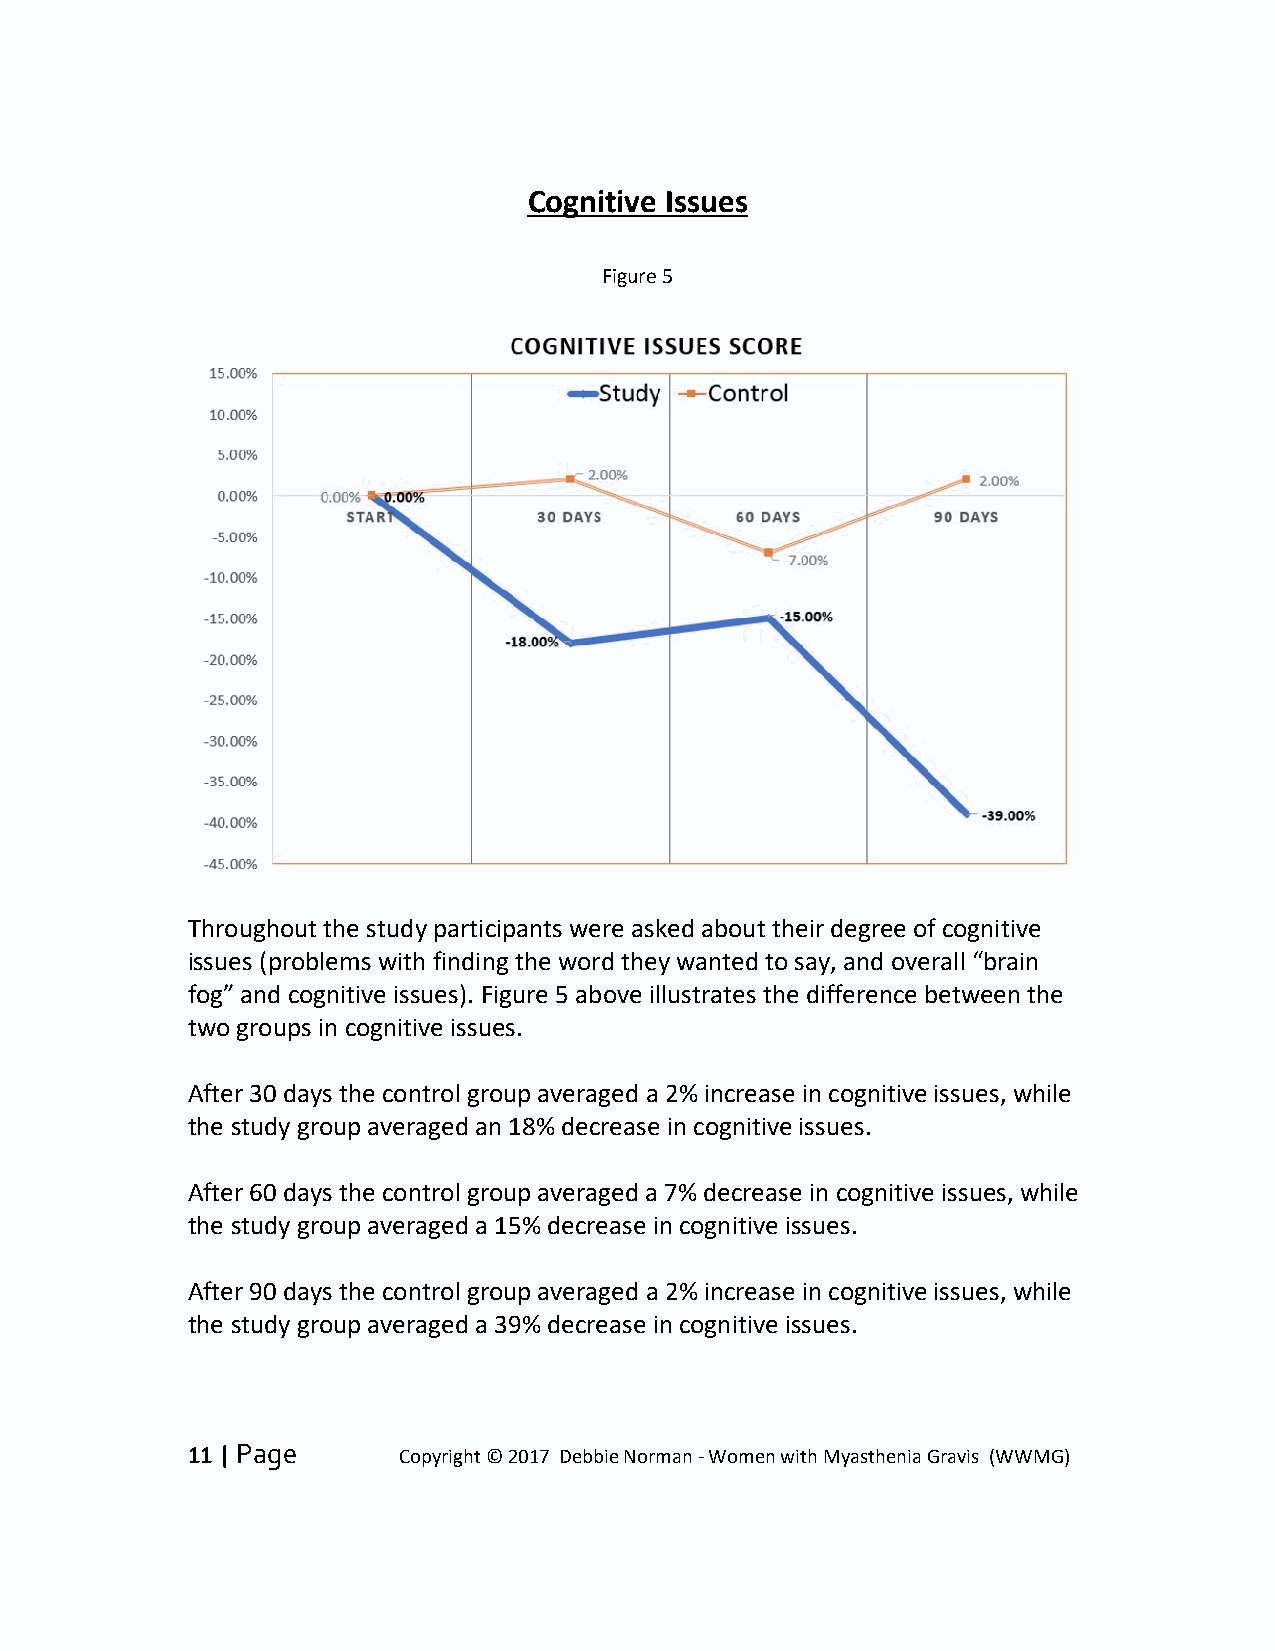
Cognitive Issues
 Figure 5
 Throughout the study participants were asked about their degree of cognitive
 issues (problems with finding the word they wanted to say, and overall “brain
 fog” and cognitive issues). Figure 5 above illustrates the difference between the
 two groups in cognitive issues.
 After 30 days the control group averaged a 2% increase in cognitive issues, while
 the study group averaged an 18% decrease in cognitive issues.
 After 60 days the control group averaged a 7% decrease in cognitive issues, while
 the study group averaged a 15% decrease in cognitive issues.
 After 90 days the control group averaged a 2% increase in cognitive issues, while
 the study group averaged a 39% decrease in cognitive issues.
 11 | Page     Copyright © 2017 Debbie Norman - Women with Myasthenia Gravis (WWMG)